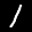
Label: 1